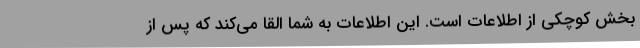
بخش کوچکی از اطلاعات است. این اطلاعات به شما القا می‌کند که پس از